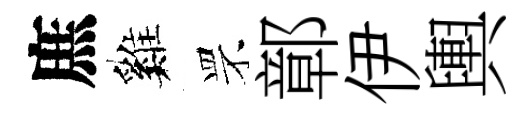
庶巍罘鄣伊輿